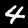
Digit: 4